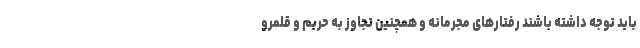
باید توجه داشته باشند رفتارهای مجرمانه و همچنین تجاوز به حریم و قلمرو